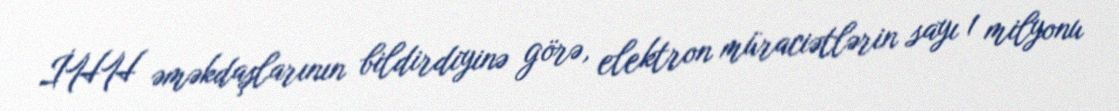
İHH əməkdaşlarının bildirdiyinə görə, elektron müraciətlərin sayı 1 milyonu